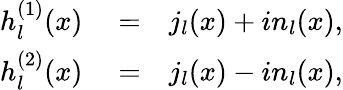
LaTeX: \begin{array}{rlr}{h_{l}^{(1)}(x)}&{{}=}&{j_{l}(x)+in_{l}(x),}\\ {h_{l}^{(2)}(x)}&{{}=}&{j_{l}(x)-in_{l}(x),}\end{array}